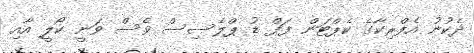
ދެކުނު އެފްރިކާގެ ކެޕްޓަން ފަފް ޑު ޕްލެސިސް ވެސް ވަނީ ކޯލީ އާއި